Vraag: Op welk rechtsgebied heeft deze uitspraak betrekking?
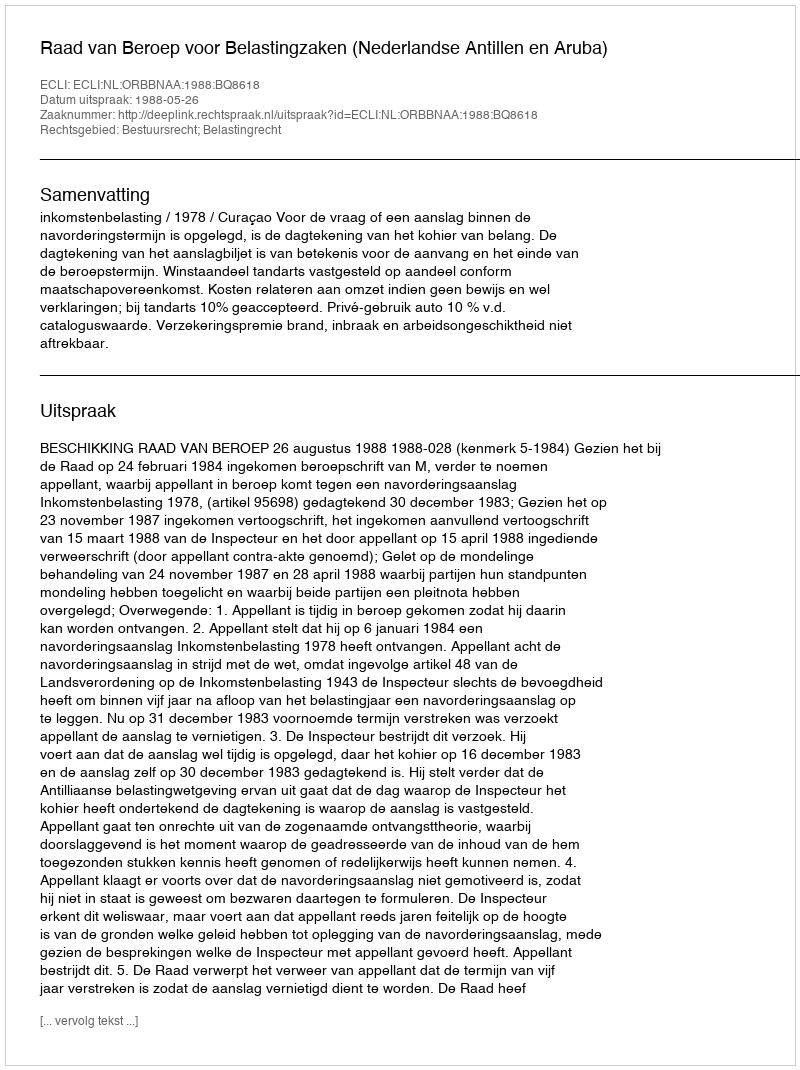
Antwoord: Bestuursrecht; Belastingrecht